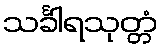
သင်္ခါရသုတ္တံ